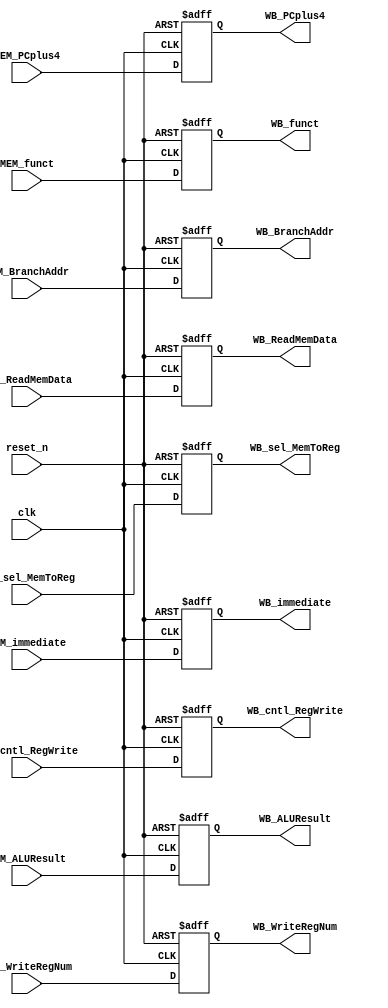
`timescale 1ns / 1ps
//////////////////////////////////////////////////////////////////////////////////
// Company: 
// Engineer: 
// 
// Design Name: 
// Module Name: MEM_WB
// Project Name: 
// Target Devices: 
// Tool Versions: 
// Description: 
// 
// Dependencies: 
// 
// Revision:
// Revision 0.01 - File Created
// Additional Comments:
// 
//////////////////////////////////////////////////////////////////////////////////


module MEM_WB(
	input clk, 
	input reset_n,
	input [19:0] MEM_PCplus4,
	input [19:0] MEM_BranchAddr,
	input [31:0] MEM_immediate,
    input MEM_cntl_RegWrite,
    input [2:0] MEM_sel_MemToReg,      	//000: ALUResult, 001: DMemReadData_width, 010: immediate, 011: branchAddr, 100: PC + 4
    input [2:0] MEM_funct,
    input [31:0] MEM_ReadMemData,
    input [31:0] MEM_ALUResult,
    input [4:0] MEM_WriteRegNum,
    output reg [19:0] WB_PCplus4,
    output reg [19:0] WB_BranchAddr,
    output reg [31:0] WB_immediate,
    output reg WB_cntl_RegWrite,
    output reg [2:0] WB_sel_MemToReg,      	//000: ALUResult, 001: DMemReadData_width, 010: immediate, 011: branchAddr, 100: PC + 4
    output reg [2:0] WB_funct,
    output reg [31:0] WB_ReadMemData,
    output reg [31:0] WB_ALUResult,
    output reg [4:0] WB_WriteRegNum
    );
    
    always @ (posedge clk or negedge reset_n) begin
    	if (!reset_n) begin
    		WB_PCplus4 <= 0;
    		WB_BranchAddr <= 0;
			WB_immediate <= 0;
    		WB_cntl_RegWrite <= 0;
    		WB_sel_MemToReg <= 0;
    		WB_funct <= 0;
    		WB_ReadMemData <= 0;
    		WB_ALUResult <= 0;
    		WB_WriteRegNum <= 0;
    	end
    	else begin
    		WB_PCplus4 <= MEM_PCplus4;
    		WB_BranchAddr <= MEM_BranchAddr;
			WB_immediate <= MEM_immediate;
    		WB_cntl_RegWrite <= MEM_cntl_RegWrite;
    		WB_sel_MemToReg <= MEM_sel_MemToReg;
    		WB_funct <= MEM_funct;
    		WB_ReadMemData <= MEM_ReadMemData;
    		WB_ALUResult <= MEM_ALUResult;
    		WB_WriteRegNum <= MEM_WriteRegNum;
    	end
    end
 
endmodule